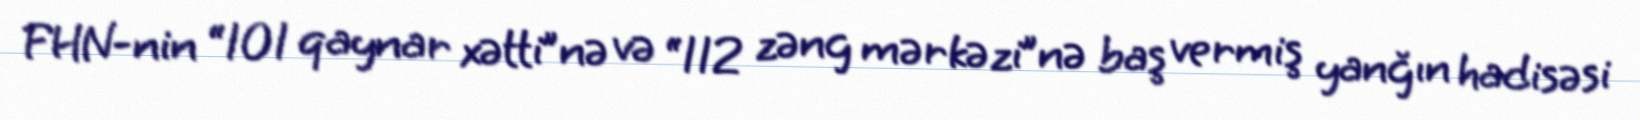
FHN-nin “101 qaynar xətti”nə və “112 zəng mərkəzi”nə baş vermiş yanğın hadisəsi